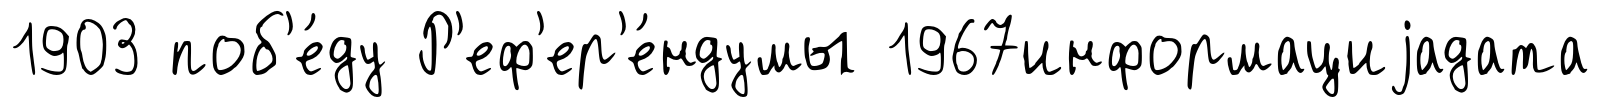
1903 поб'е́ду Р'еф'ер'е́ндумы 1967информациjадата